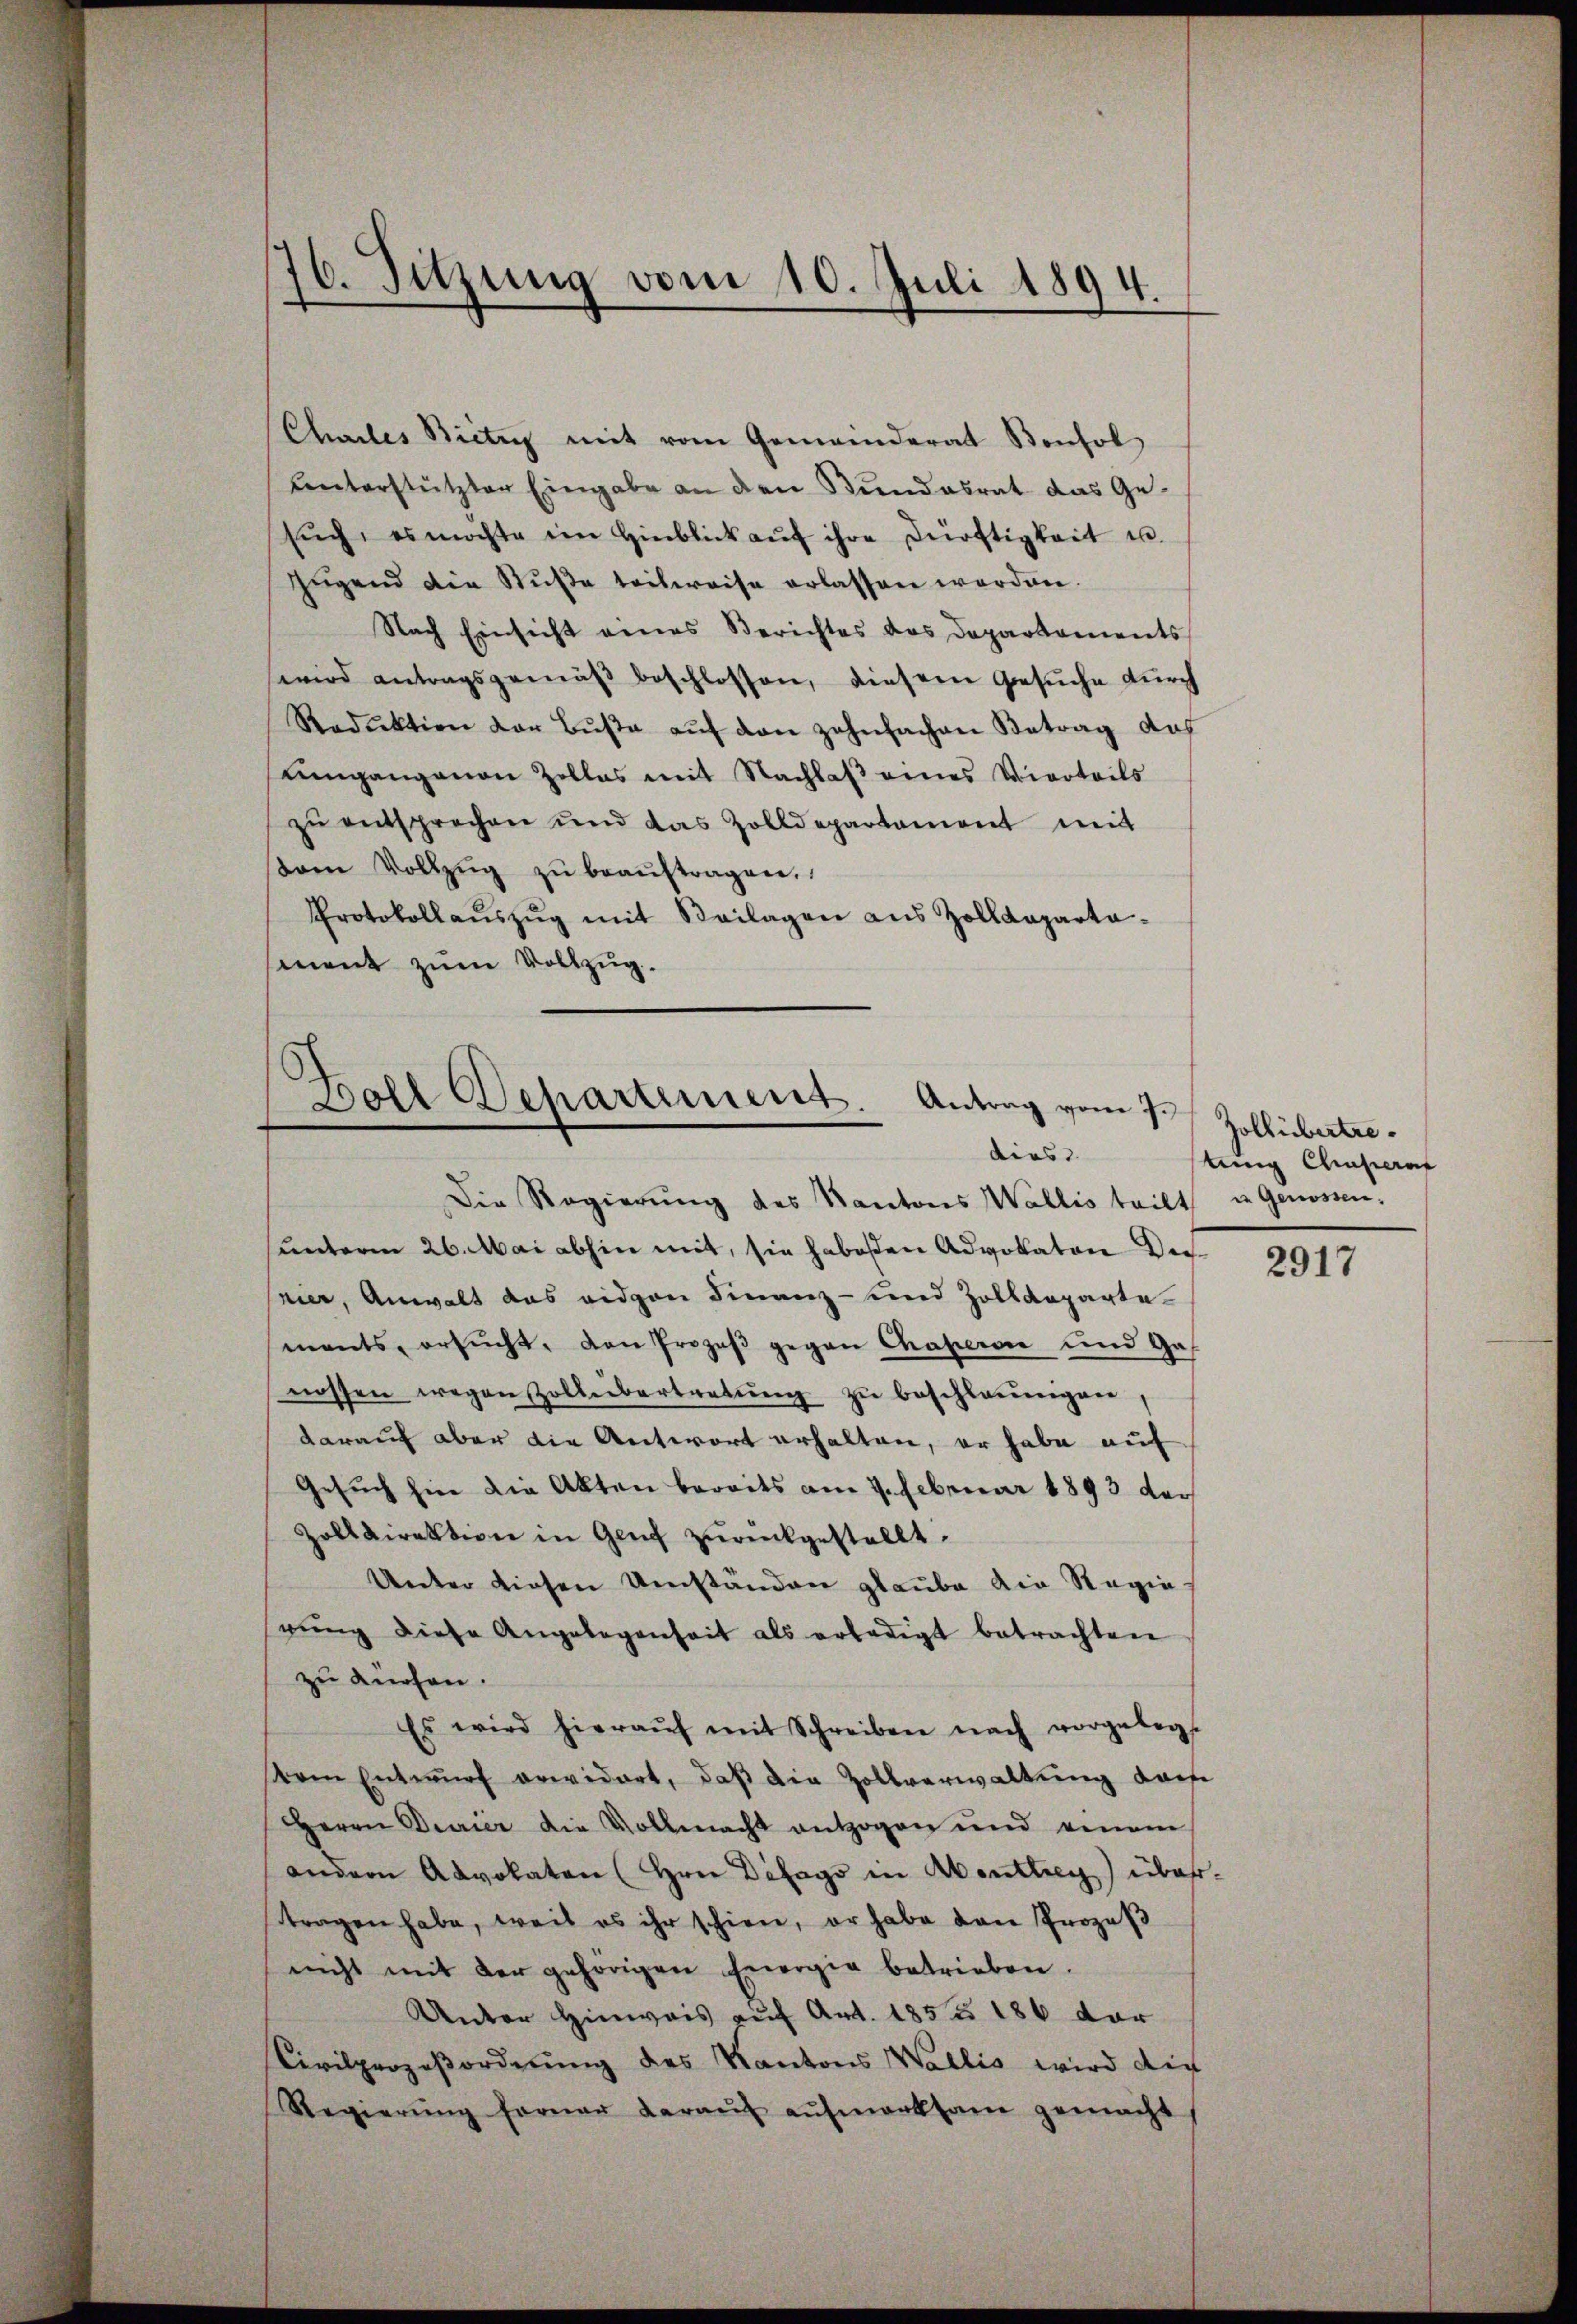
Challes Biete mit vom Gemeinderat Konsol
Kenterstützter Eingabe an den Bundesrat das Ge-
sŭch, es möchte im Hinblick aŭf ihre Dürftigkeit u.
Jugend die Süße teilweise erlassen werden.
Nach Einsicht eines Berichtes das Departaments
wird antragsgemäβ beschlossen, diesem Gesŭche durch
Reduktion der Bŭβe aŭf den zehnfachen Betrag das
mgangenen Zollas mit Nachlaß eines Vierteils
zu entsprechen und das Zolldepartament mit
am Vollzŭg zŭ beaŭftragen.
Protokollaŭszŭg mit Beilagen aus Zolldeparta-
ment zŭm Vollzug.

16. Sitzung vom 10. Juli 1894.

.
Doll Separtement. Antrag vom 7.
dies
Die Regierŭng des Kantons Wallis teilt u. Genossen.

unterm 26. Mai abhin mit, sie habesten Advokaten dersnier, Anwalt das eidgen Finanz- und Zolldepartemants, ersŭcht, den Prozeβ gegen Chaperon und Ge-
nossen wegen Zollübertretŭng zŭ beschleunigen,
darauf aber die Antwort erhalten, er habe auf
Gesuch hin die Akten bereits am 9. Februar 1893 der
Zolldirektion in Genf zurückgestellt.
Unter diesen Umständen glaube die Regie-
gŭng diese Angelegenheit als erledigt betrachten
zu dürfen.
Es wird hieraŭf mit Schreiben nach vorgelegt
Vom Entwŭrf erwidert, daß die Zollverwaltung darfe
Herrn Diarier die Vollmacht entzogen und einem
andern Advokaten (Hrn Difags in Abenthey) über
tragen habe, weil es ihr schien, er habe den Prozeβ
nicht mit der gehörigen Energie betrieben.
Unter Hinweis auf Art. 1855 186 dar
Civilprozeßordnung des Kantons Wallis wird die
Regierŭng ferner daraŭf aŭfmerksam gemacht

Zollübertre
tung Chasern

2917